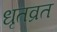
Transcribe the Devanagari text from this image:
धृतव्रत